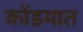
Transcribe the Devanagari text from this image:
कोंडमात